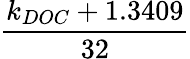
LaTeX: \frac{k_{DOC}+1.3409}{32}